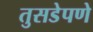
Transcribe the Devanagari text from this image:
तुसडेपणे